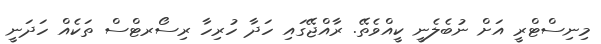
މިނިސްޓްރީ އަށް ނުބެލެނީ ކީއްވެތޭ. ރާއްޖޭގައި ހަދާ ހުރިހާ ރިސޯރޓްސް ތަކެއް ހަދަނީ